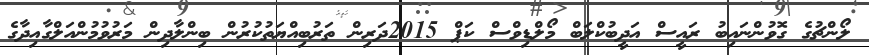
ލޯންޗުގެ ގޮވުންނައިބު ރައީސް އަދީބުކްލަބް މޯލްޑިވްސް ކަޕް 2015ދަރިން ތަރުބިއްޔަތުކުރުން ބިންލާދިން މަރުވުމުންއަލްގާއިދާގެ